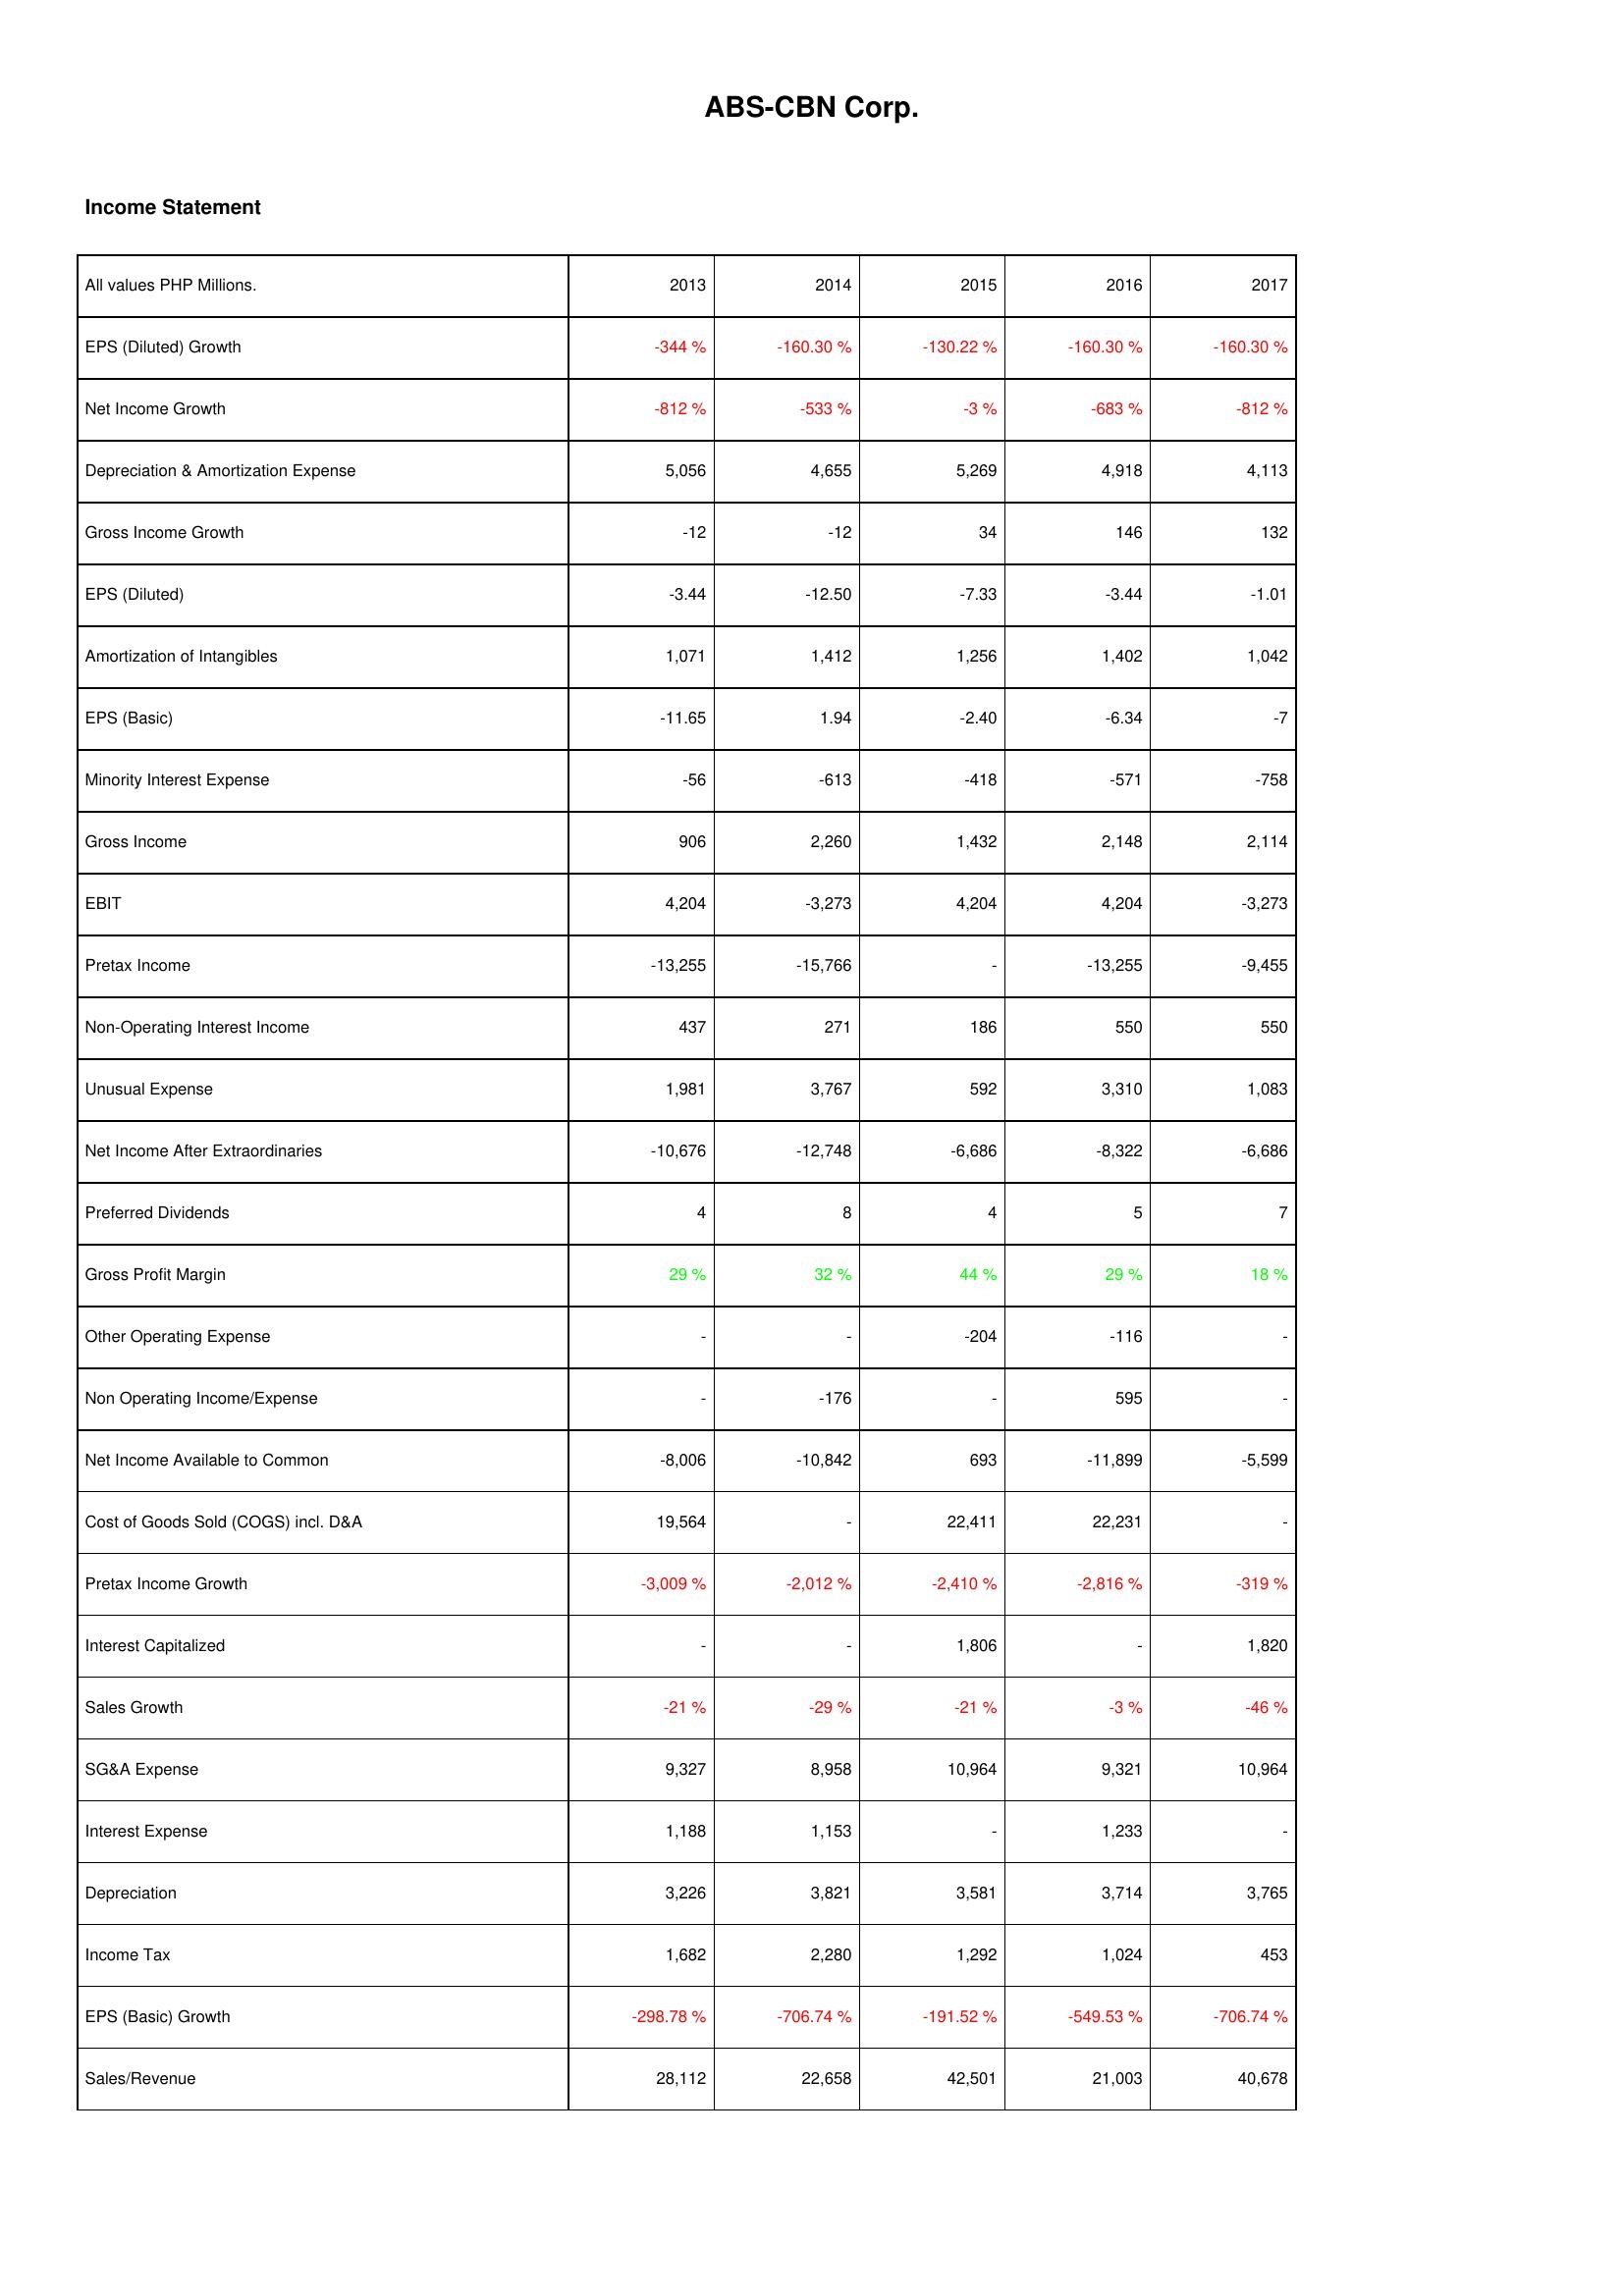
2013: Income Statement: EPS (Diluted) Growth: -344 %
Net Income Growth: -812 %
Depreciation & Amortization Expense: 5,056
Gross Income Growth: -12
EPS (Diluted): -3.44
Amortization of Intangibles: 1,071
EPS (Basic): -11.65
Minority Interest Expense: -56
Gross Income: 906
EBIT: 4,204
Pretax Income: -13,255
Non-Operating Interest Income: 437
Unusual Expense: 1,981
Net Income After Extraordinaries: -10,676
Preferred Dividends: 4
Gross Profit Margin: 29 %
Other Operating Expense: -
Non Operating Income/Expense: -
Net Income Available to Common: -8,006
Cost of Goods Sold (COGS) incl. D&A: 19,564
Pretax Income Growth: -3,009 %
Interest Capitalized: -
Sales Growth: -21 %
SG&A Expense: 9,327
Interest Expense: 1,188
Depreciation: 3,226
Income Tax: 1,682
EPS (Basic) Growth: -298.78 %
Sales/Revenue: 28,112
2014: Income Statement: EPS (Diluted) Growth: -160.30 %
Net Income Growth: -533 %
Depreciation & Amortization Expense: 4,655
Gross Income Growth: -12
EPS (Diluted): -12.50
Amortization of Intangibles: 1,412
EPS (Basic): 1.94
Minority Interest Expense: -613
Gross Income: 2,260
EBIT: -3,273
Pretax Income: -15,766
Non-Operating Interest Income: 271
Unusual Expense: 3,767
Net Income After Extraordinaries: -12,748
Preferred Dividends: 8
Gross Profit Margin: 32 %
Other Operating Expense: -
Non Operating Income/Expense: -176
Net Income Available to Common: -10,842
Cost of Goods Sold (COGS) incl. D&A: -
Pretax Income Growth: -2,012 %
Interest Capitalized: -
Sales Growth: -29 %
SG&A Expense: 8,958
Interest Expense: 1,153
Depreciation: 3,821
Income Tax: 2,280
EPS (Basic) Growth: -706.74 %
Sales/Revenue: 22,658
2015: Income Statement: EPS (Diluted) Growth: -130.22 %
Net Income Growth: -3 %
Depreciation & Amortization Expense: 5,269
Gross Income Growth: 34
EPS (Diluted): -7.33
Amortization of Intangibles: 1,256
EPS (Basic): -2.40
Minority Interest Expense: -418
Gross Income: 1,432
EBIT: 4,204
Pretax Income: -
Non-Operating Interest Income: 186
Unusual Expense: 592
Net Income After Extraordinaries: -6,686
Preferred Dividends: 4
Gross Profit Margin: 44 %
Other Operating Expense: -204
Non Operating Income/Expense: -
Net Income Available to Common: 693
Cost of Goods Sold (COGS) incl. D&A: 22,411
Pretax Income Growth: -2,410 %
Interest Capitalized: 1,806
Sales Growth: -21 %
SG&A Expense: 10,964
Interest Expense: -
Depreciation: 3,581
Income Tax: 1,292
EPS (Basic) Growth: -191.52 %
Sales/Revenue: 42,501
2016: Income Statement: EPS (Diluted) Growth: -160.30 %
Net Income Growth: -683 %
Depreciation & Amortization Expense: 4,918
Gross Income Growth: 146
EPS (Diluted): -3.44
Amortization of Intangibles: 1,402
EPS (Basic): -6.34
Minority Interest Expense: -571
Gross Income: 2,148
EBIT: 4,204
Pretax Income: -13,255
Non-Operating Interest Income: 550
Unusual Expense: 3,310
Net Income After Extraordinaries: -8,322
Preferred Dividends: 5
Gross Profit Margin: 29 %
Other Operating Expense: -116
Non Operating Income/Expense: 595
Net Income Available to Common: -11,899
Cost of Goods Sold (COGS) incl. D&A: 22,231
Pretax Income Growth: -2,816 %
Interest Capitalized: -
Sales Growth: -3 %
SG&A Expense: 9,321
Interest Expense: 1,233
Depreciation: 3,714
Income Tax: 1,024
EPS (Basic) Growth: -549.53 %
Sales/Revenue: 21,003
2017: Income Statement: EPS (Diluted) Growth: -160.30 %
Net Income Growth: -812 %
Depreciation & Amortization Expense: 4,113
Gross Income Growth: 132
EPS (Diluted): -1.01
Amortization of Intangibles: 1,042
EPS (Basic): -7
Minority Interest Expense: -758
Gross Income: 2,114
EBIT: -3,273
Pretax Income: -9,455
Non-Operating Interest Income: 550
Unusual Expense: 1,083
Net Income After Extraordinaries: -6,686
Preferred Dividends: 7
Gross Profit Margin: 18 %
Other Operating Expense: -
Non Operating Income/Expense: -
Net Income Available to Common: -5,599
Cost of Goods Sold (COGS) incl. D&A: -
Pretax Income Growth: -319 %
Interest Capitalized: 1,820
Sales Growth: -46 %
SG&A Expense: 10,964
Interest Expense: -
Depreciation: 3,765
Income Tax: 453
EPS (Basic) Growth: -706.74 %
Sales/Revenue: 40,678